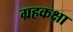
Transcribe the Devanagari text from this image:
ग्रहकक्षा